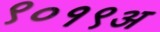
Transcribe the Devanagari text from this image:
९०१९अ